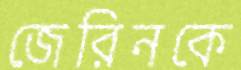
জেরিনকে